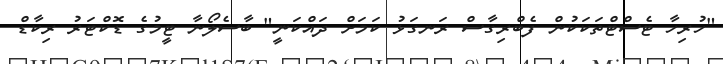
"ހުރިހާ ޓެސްޓްތަކަކުން ފެބްރިގާސް ރަނގަޅު ކަމަށް ދައްކަނީ" ބާސެލޯނާ ޓީމުގެ ޑޮކްޓަރު ރިކާޑް